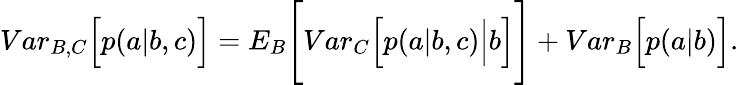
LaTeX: \begin{array}{r}{{Var}_{B,C}\Big[p(a|b,c)\Big]={E}_{B}\Bigg[{Var}_{C}\Big[p(a|b,c)\Big|b\Big]\Bigg]+{Var}_{B}\Big[p(a|b)\Big].}\end{array}